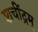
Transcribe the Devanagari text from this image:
शचींद्रम्